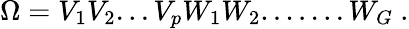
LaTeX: \Omega=V_{1}V_{2}...V_{p}W_{1}W_{2}.......W_{G}~.